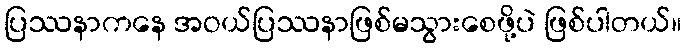
ပြဿနာကနေ အဝယ်ပြဿနာဖြစ်မသွားစေဖို့ပဲ ဖြစ်ပါတယ်။